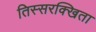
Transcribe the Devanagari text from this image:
तिस्सरक्खिता